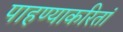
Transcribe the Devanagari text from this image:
पाहण्याकरितां